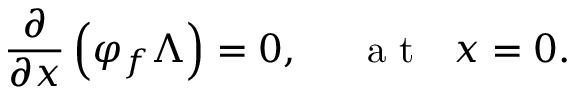
\frac { \partial } { \partial x } \left( \varphi _ { f } \Lambda \right) = 0 , ~ ~ ~ ~ \mathrm { ~ a ~ t ~ } ~ ~ x = 0 .